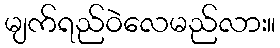
မျက်ရည်ဝဲလေမည်လား။